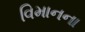
વિમાનના